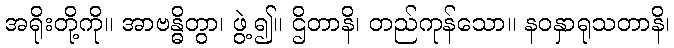
အရိုးတို့ကို။ အာဗန္ဓိတွာ၊ ဖွဲ့၍။ ဌိတာနိ၊ တည်ကုန်သော။ နဝနှာရုသတာနိ၊